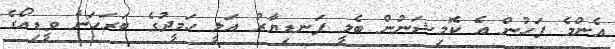
އެންމެ ފަހުން އެ ކޮމިޝަނުން ބެލީ ފަނޑިޔާރު އަލީ ހަމީދުގެ ބަރަހަނާ ވީޑިއޯގެ